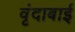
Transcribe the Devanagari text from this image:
वृंदाबाई